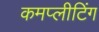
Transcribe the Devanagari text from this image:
कमप्लीटिंग